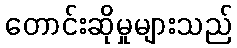
တောင်းဆိုမှုများသည်